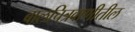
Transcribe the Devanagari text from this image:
बालचित्रवाणीतील